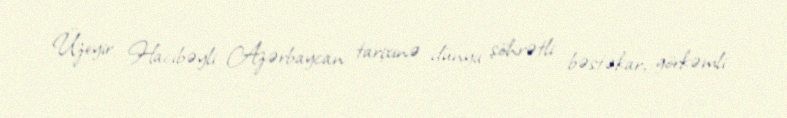
Üzeyir Hacıbəyli Azərbaycan tarixinə dünya şöhrətli bəstəkar, görkəmli